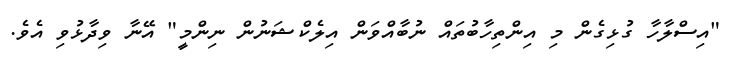
"އިސްލާހާ ގުޅިގެން މި އިންތިހާބުތައް ނުބާއްވަން އިލެކްޝަނުން ނިންމީ" އޭނާ ވިދާޅުވި އެވެ.